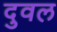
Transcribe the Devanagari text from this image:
दुवल